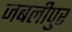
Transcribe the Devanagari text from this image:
जबलीपुर